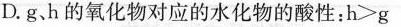
D.g、h的氧化物对应的水化物的酸性：$$h > g$$